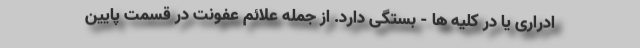
ادراری یا در کلیه ها - بستگی دارد. از جمله علائم عفونت در قسمت پایین